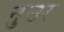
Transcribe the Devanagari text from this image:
नुउर